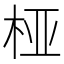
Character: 桠